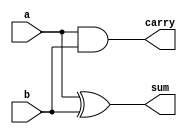
module halfadder(a,b,sum,carry);
input a,b;
output sum,carry;

assign sum = a^b;
assign carry = (a&b);
endmodule

module test;
wire sum,carry;
reg a,b;

halfadder f1(a,b,sum,carry);

initial 
begin
    $dumpfile("7_halfadder.vcd");
    $dumpvars(0,test);

    #5 begin a=0;b=0;end
    #5 begin a=0;b=1;end
    #5 begin a=1;b=0;end
    #5 begin a=1;b=1;end
    #5 $finish;

end

always @(a or b)
$strobe("At time = (%0t),a = (%b),b = (%b),sum = (%b),carry = (%b)",$time,a,b,sum,carry);

endmodule